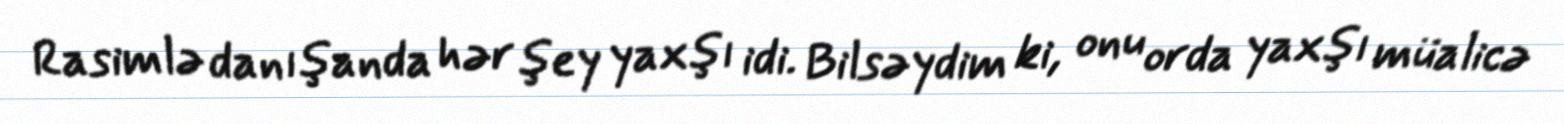
Rasimlə danışanda hər şey yaxşı idi. Bilsəydim ki, onu orda yaxşı müalicə